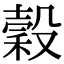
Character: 穀